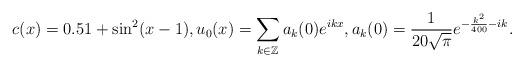
LaTeX: \begin{align*}c(x)=0.51+\sin^2(x-1),u_0(x)=\sum_{k\in\mathbb{Z}}a_k(0)e^{ikx},a_k(0)=\frac{1}{20\sqrt{\pi}}e^{-\frac{k^2}{400}-ik}.\end{align*}